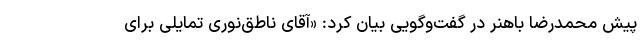
پیش محمدرضا باهنر در گفت‌وگویی بیان کرد: «آقای ناطق‌نوری تمایلی برای